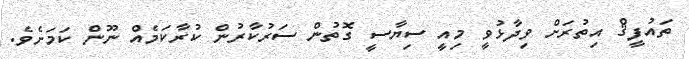
ތައުފީޤް އިތުރަށް ވިދާޅުވީ މިއީ ސިޔާސީ ގޮތުން ސަރުކާރުން ކުރާކަމެއް ނޫން ކަމަށެވެ.